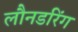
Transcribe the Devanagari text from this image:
लौनडरिंग